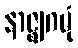
နာဇ္ဈဂမုံ